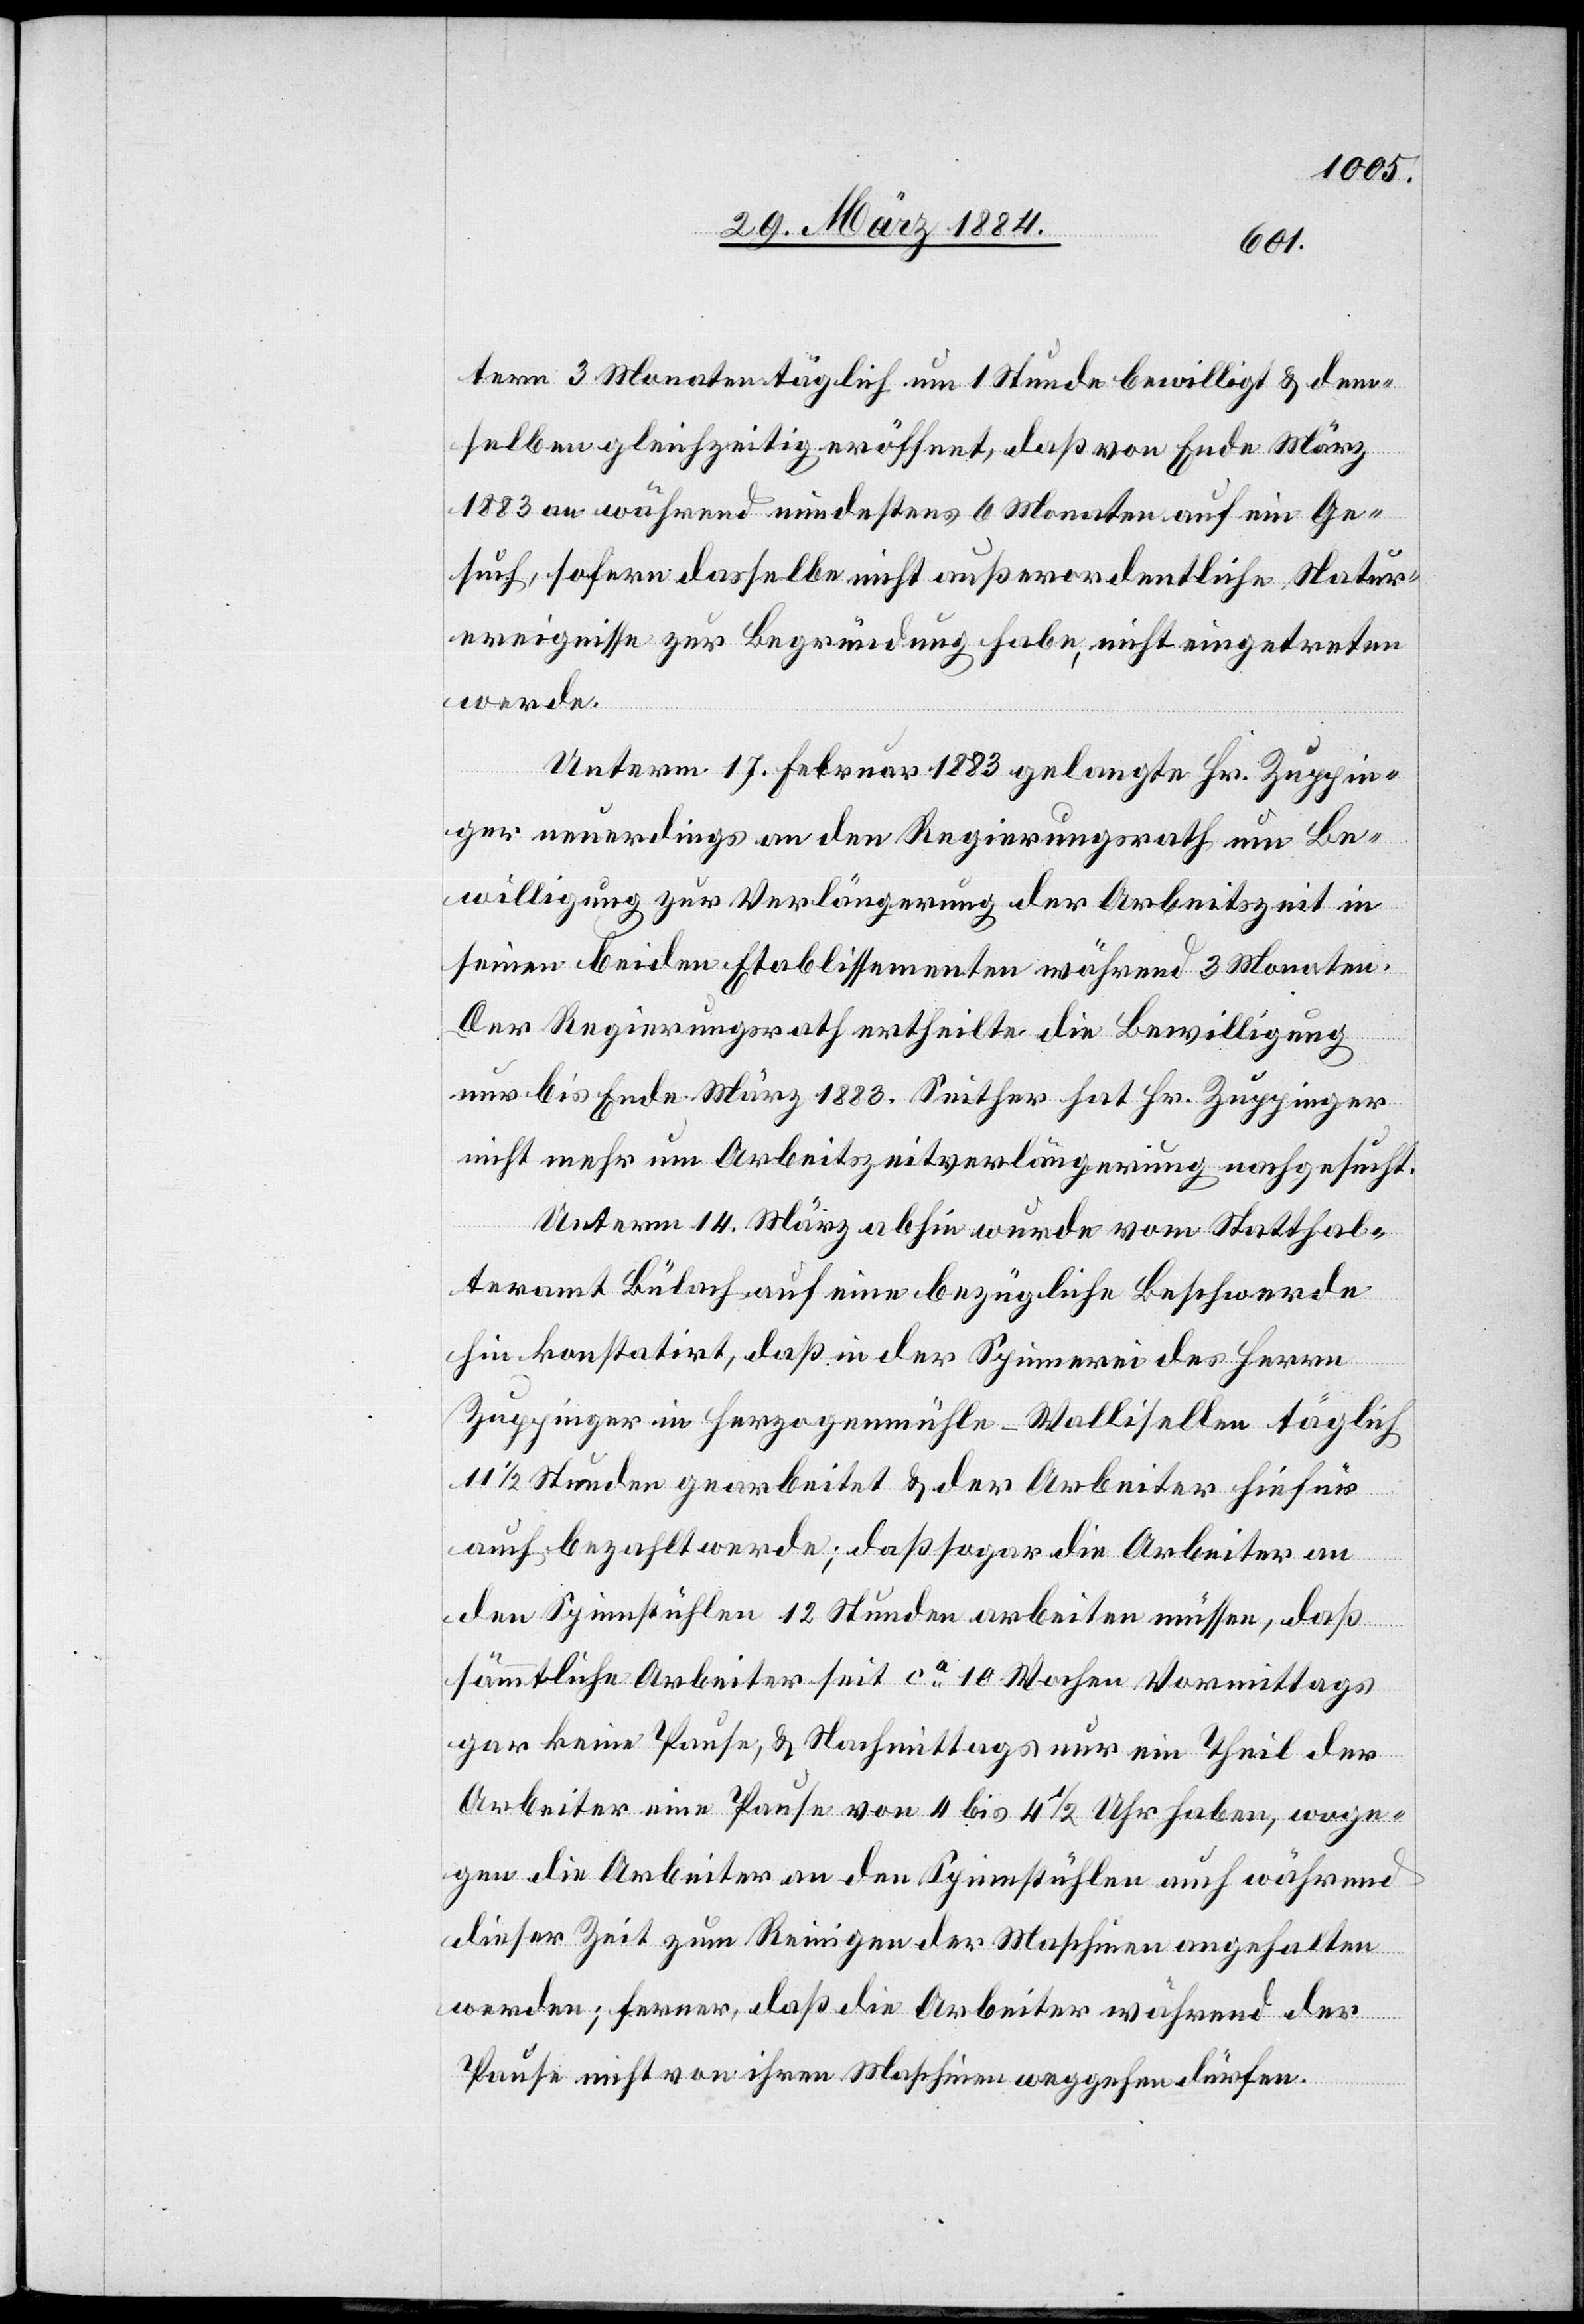
tern 3 Monaten täglich um 1 Stunde bewilligt & den¬
selben gleichzeitig eröffnet, daß von Ende März
1883 an während mindestens 6 Monaten auf ein Ge¬
such, sofern dasselbe nicht außerordentliche Natur¬
ereignisse zur Begründung habe, nicht eingetreten
werde.
Unterm 17. Februar 1883 gelangte Hr. Zuppin¬
ger neuerdings an den Regierungsrath um Be¬
willigung zur Verlängerung der Arbeitszeit in
seinen beiden Etablissement während 3 Monaten.
Der Regierungsrath ertheilte die Bewilligung
nur bis Ende März 1883. Seither hat Hr. Zuppinger
nicht mehr um Arbeitszeitverlängerung nachgesucht.
Unterm 14. März abhin wurde vom Statthal¬
teramt Bülach auf eine bezügliche Beschwerde
hin konstatirt, daß in der Spinnerei des Herrn
Zuppinger in Herzogenmühle - Wallisellen täglich
11 1/2 Stunden gearbeitet & daß sogar die
Arbeiter
den Spinnstühlen 12 Stunden arbeiten müssen, daß
sämmtliche Arbeiter seit ca 10 Wochen Vormittags
gar keine Pause; & Nachmittags nur ein Theil der
Arbeiter eine Pause von 4 bis 4 1/2 Uhr haben, woge¬
gen die Arbeiter an den Spinnstühlen auch während
dieser Zeit zum Reinigen der Maschinen angehalten
werden; ferner, daß die Arbeiter während der
Pause nicht von ihren Maschinen weggehen dürfen.